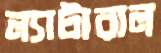
ল্যাটারাল